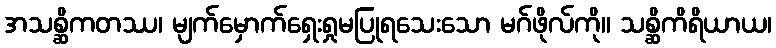
အသစ္ဆိကတဿ၊ မျက်မှောက်ရှေးရှုမပြုရသေးသော မဂ်ဖိုလ်ကို။ သစ္ဆိကိရိယာယ၊